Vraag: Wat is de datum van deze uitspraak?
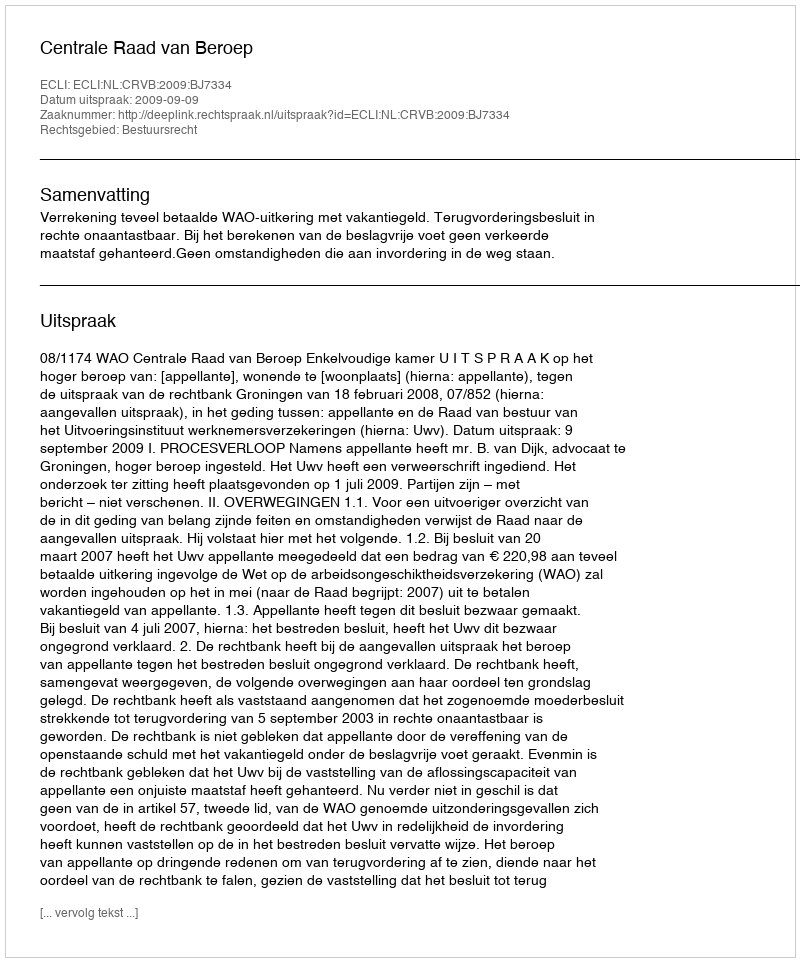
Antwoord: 2009-09-09